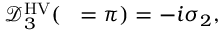
\begin{array} { r } { \mathcal { D } _ { 3 } ^ { \mathrm { H V } } ( { \it \Delta \phi } = \pi ) = - i \sigma _ { 2 } , } \end{array}